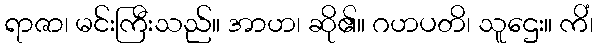
ရာဇာ၊ မင်းကြီးသည်။ အာဟ၊ ဆို၏။ ဂဟပတိ၊ သူဌေး။ ကိံ၊